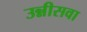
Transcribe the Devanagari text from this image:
उन्नीसवा